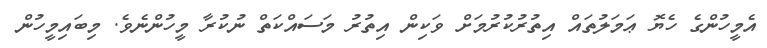
އެމީހުންގެ ހެޔޮ ޢަމަލުތައް އިތުރުކުރުމަށް ވަކިން އިތުރު މަސައްކަތް ނުކުރާ މީހުންނެވެ. މިބައިމީހުން